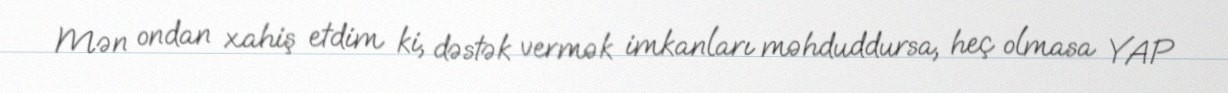
Mən ondan xahiş etdim ki, dəstək vermək imkanları məhduddursa, heç olmasa YAP